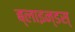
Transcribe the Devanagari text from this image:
ब्लाइन्डस्